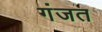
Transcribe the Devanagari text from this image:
गंजत